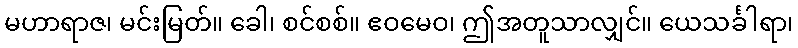
မဟာရာဇ၊ မင်းမြတ်။ ခေါ၊ စင်စစ်။ ဧဝမေဝ၊ ဤအတူသာလျှင်။ ယေသင်္ခါရာ၊